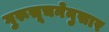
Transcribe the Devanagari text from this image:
गुरूसूचनेनुसार